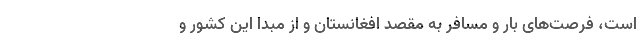
است، فرصت‌های بار و مسافر به مقصد افغانستان و از مبدا این کشور و